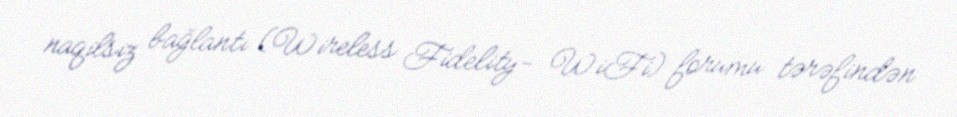
naqilsiz bağlantı (Wireless Fidelity- WiFi) forumu tərəfindən